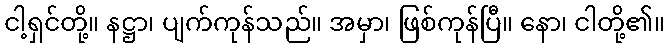
ငါ့ရှင်တို့။ နဋ္ဌာ၊ ပျက်ကုန်သည်။ အမှာ၊ ဖြစ်ကုန်ပြီ။ နော၊ ငါတို့၏။